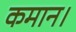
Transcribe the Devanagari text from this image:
कमान।